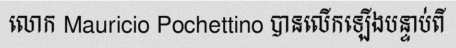
លោក Mauricio Pochettino បានលើកឡើងបន្ទាប់ពី